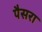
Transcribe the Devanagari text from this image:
पैसरा